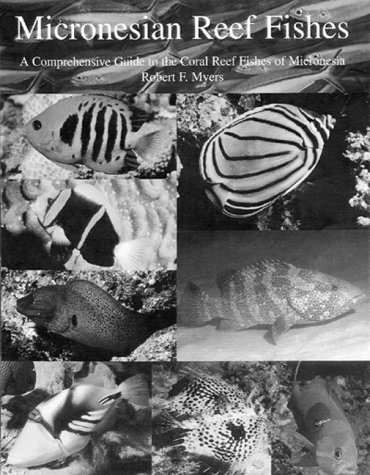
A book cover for Micronesian Reef Fishes: A Field Guide for Divers and Aquarists; Robert F. Myers; Sports & Outdoors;